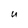
Character: u